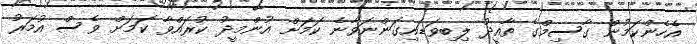
އެހެންކަމުން ގާސިމްގެ ތާއީދު ލިބިވަޑައިގަންނަވާނެ ކަަމަށް އުންމީދު ކުރައްވާ ކަމަށް ވެސް އުމަރު